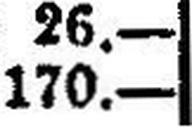
170.—